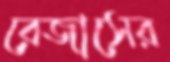
রেজাসের